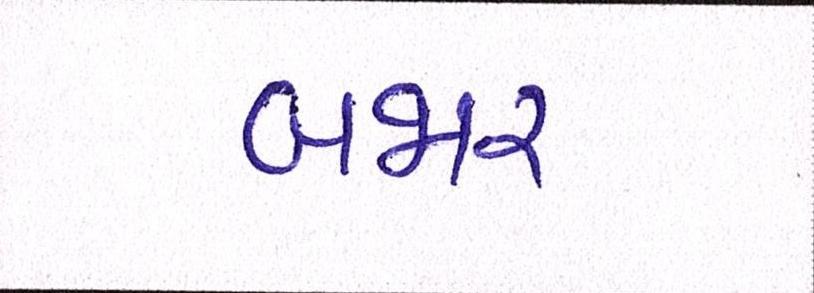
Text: બજાર